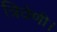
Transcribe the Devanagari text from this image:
त्रिवेणी।